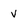
Character: v